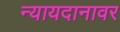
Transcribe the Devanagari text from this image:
न्यायदानावर